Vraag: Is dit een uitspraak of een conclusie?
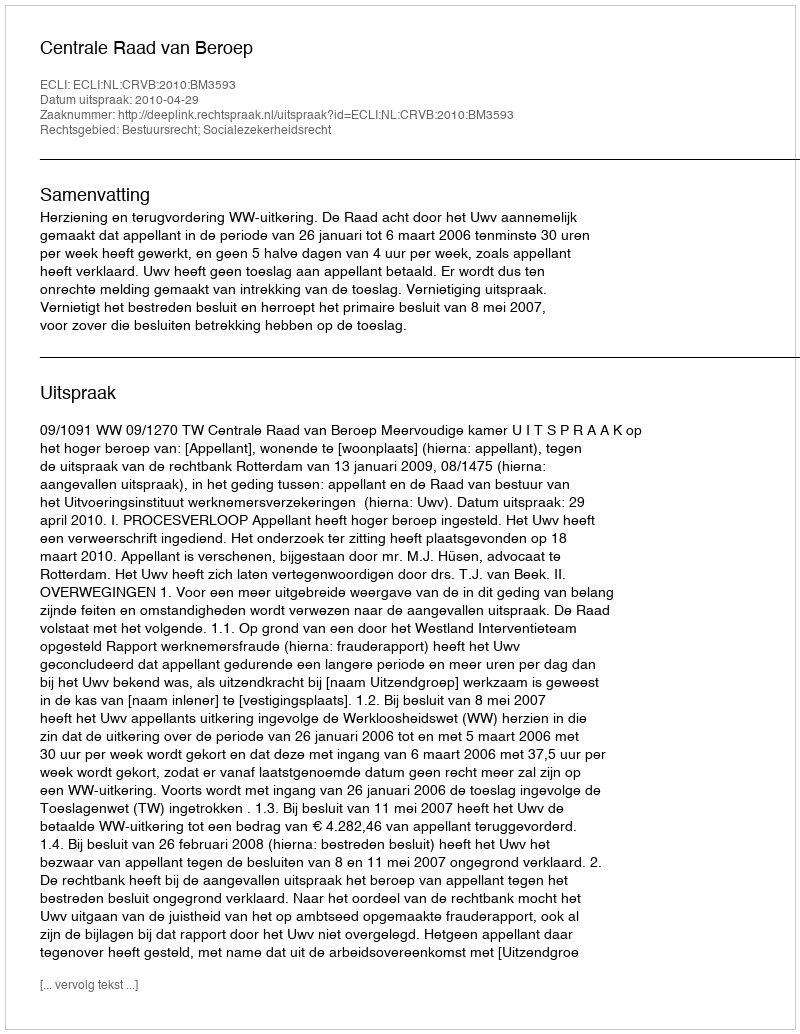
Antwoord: Uitspraak